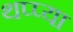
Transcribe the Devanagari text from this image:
थप्प्या